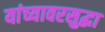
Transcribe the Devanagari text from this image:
यांच्यावरसुद्धा